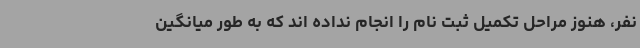
نفر، هنوز مراحل تکمیل ثبت نام را انجام نداده اند که به طور میانگین